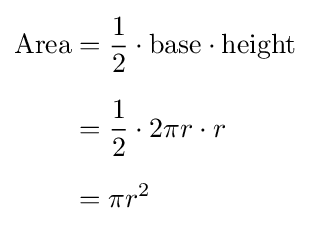
{\begin{aligned}{\text{Area}}&{}={\frac {1}{2}}\cdot {\text{base}}\cdot {\text{height}}\\[6pt]&{}={\frac {1}{2}}\cdot 2\pi r\cdot r\\[6pt]&{}=\pi r^{2}\end{aligned}}